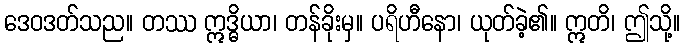
ဒေဝဒတ်သည။ တဿ ဣဒ္ဓိယာ၊ တန်ခိုးမှ။ ပရိဟီနော၊ ယုတ်ခဲ့၏။ ဣတိ၊ ဤသို့။